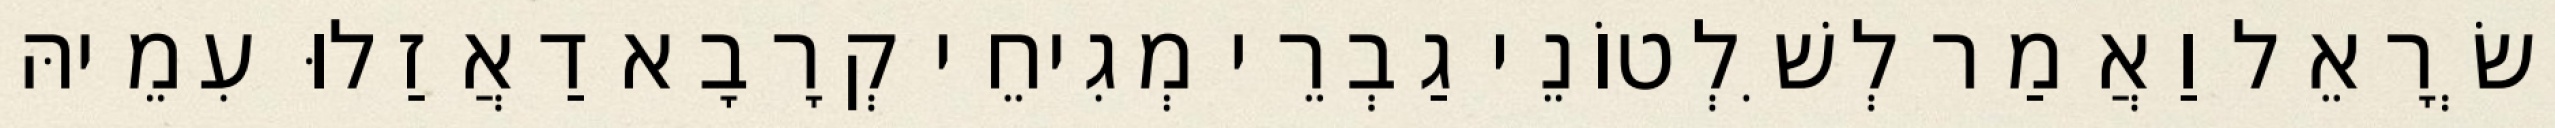
יִשְׂרָאֵל וַאֲמַר לְשִׁלְטוֹנֵי גַבְרֵי מְגִיחֵי קְרָבָא דַאֲזַלוּ עִמֵיהּ